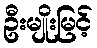
ဦးမျိုးမြင့်